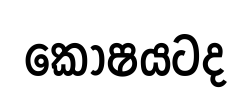
කෝෂයටද